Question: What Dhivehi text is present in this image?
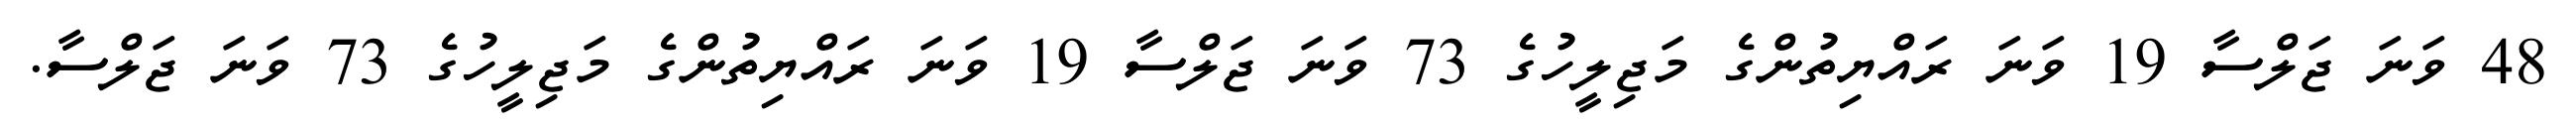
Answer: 48 ވަނަ ޖަލްސާ 19 ވަނަ ރައްޔިތުންގެ މަޖިލީހުގެ 73 ވަނަ ޖަލްސާ 19 ވަނަ ރައްޔިތުންގެ މަޖިލީހުގެ 73 ވަނަ ޖަލްސާ.